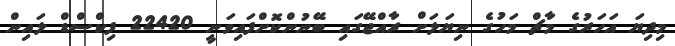
މިދިޔަ އަހަރުގެ މާޗް މަހުގެ ނިޔަލަށް ރާއްޖޭގައި ބޭނުންކޮށްފައިވަނީ 22420 ފިކްސްޑް ލައިން